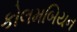
કોલમબિયન